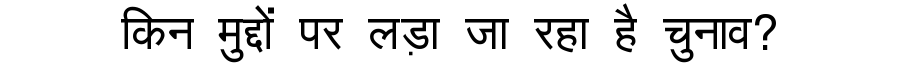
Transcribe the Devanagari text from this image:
किन मुद्दों पर लड़ा जा रहा है चुनाव?